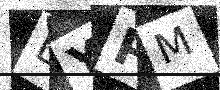
Text: LYPM